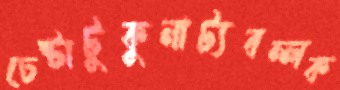
চেষ্টাটুকুনাট্যবন্লক